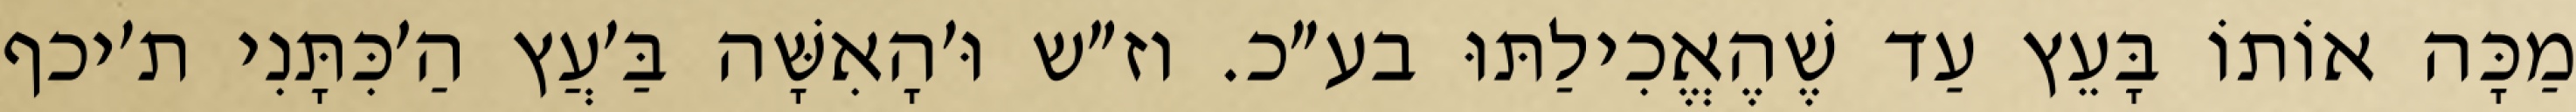
מַכָּה אוֹתוֹ בָּעֵץ עַד שֶׁהֶאֱכִילַתּוּ בע״כ. וז״ש וּ׳הָאִשָּׁה בַּ׳עֲץ הַ׳כִּתָּנִי ת׳יכף